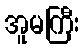
အူမကြီး